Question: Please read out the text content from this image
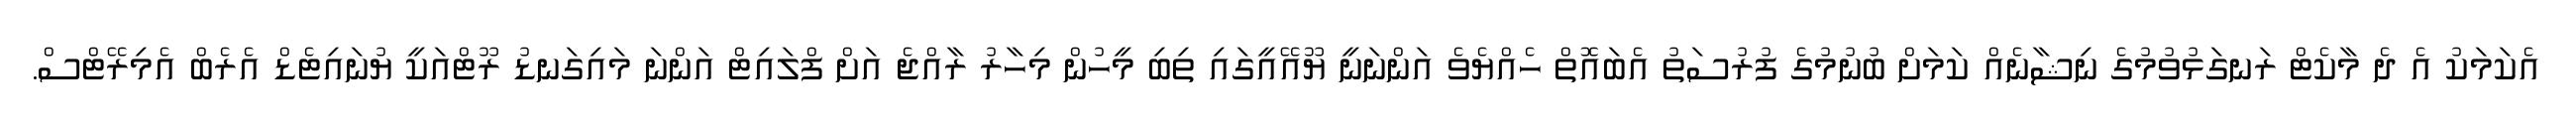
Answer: އެކަމަކު އެ ދެ މާކެޓް ރަނގަޅުވުމުގެ ނިޝާނެއް ކަމަށް ބުނުމުގެ ފުރުސަތު އެބައޮތް ހެއްޔެވެ އަންނަނީ ޔޫއޭއީގައި ތިބި މީހުން މިހާރު ރާއްޖެ އަށް ފްލައިޓް އަންނަ މައިގަނޑު ރޫޓްއަކީ ޔުނައިޓެޑް އެރެބް އެމިރޭޓްސް.